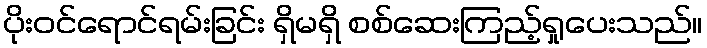
ပိုးဝင်ရောင်ရမ်းခြင်း ရှိမရှိ စစ်ဆေးကြည့်ရှုပေးသည်။